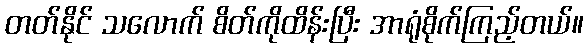
တတ်နိုင် သလောက် စိတ်ကိုထိန်းပြီး အာရုံစိုက်ကြည့်တယ်။